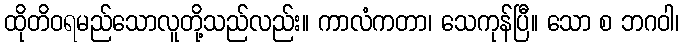
ထိုတိဝရမည်သောလူတို့သည်လည်း။ ကာလံကတာ၊ သေကုန်ပြီ။ သော စ ဘဂဝါ၊